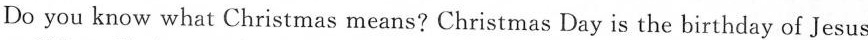
Do you know what Christmas means? Christmas Day is the birthday of Jesus